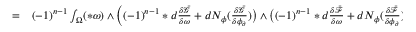
\begin{array} { r l } { = } & { { } ( - 1 ) ^ { n - 1 } \int _ { \Omega } ( \ast \omega ) \wedge \Big ( ( - 1 ) ^ { n - 1 } \ast d \frac { \delta \bar { \mathcal { G } } } { \delta \omega } + d N _ { \phi } ( \frac { \delta \bar { \mathcal { G } } } { \delta \phi _ { \partial } } ) \big ) \wedge \big ( ( - 1 ) ^ { n - 1 } \ast d \frac { \delta \bar { \mathcal { F } } } { \delta \omega } + d N _ { \phi } ( \frac { \delta \bar { \mathcal { F } } } { \delta \phi _ { \partial } } ) \Big ) } \end{array}